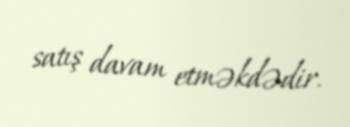
satış davam etməkdədir.